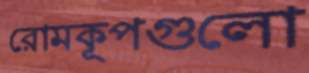
রোমকূপগুলো